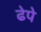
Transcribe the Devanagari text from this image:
ढेपे